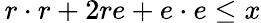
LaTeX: \, r\cdot r+2re+e\cdot e\leq x